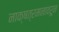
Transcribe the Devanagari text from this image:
नाक्षत्रमनावरून